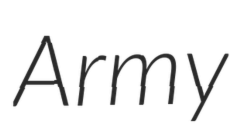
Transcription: Army